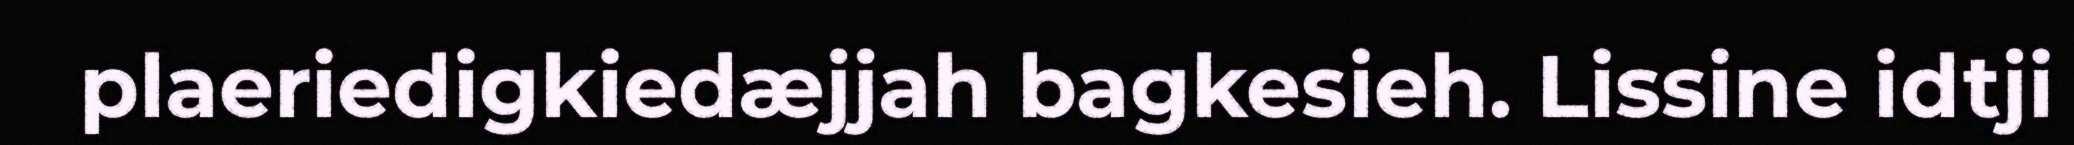
plaeriedigkiedæjjah bagkesieh. Lissine idtji